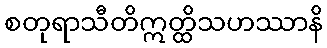
စတုရာသီတိဣတ္ထိသဟဿာနိ